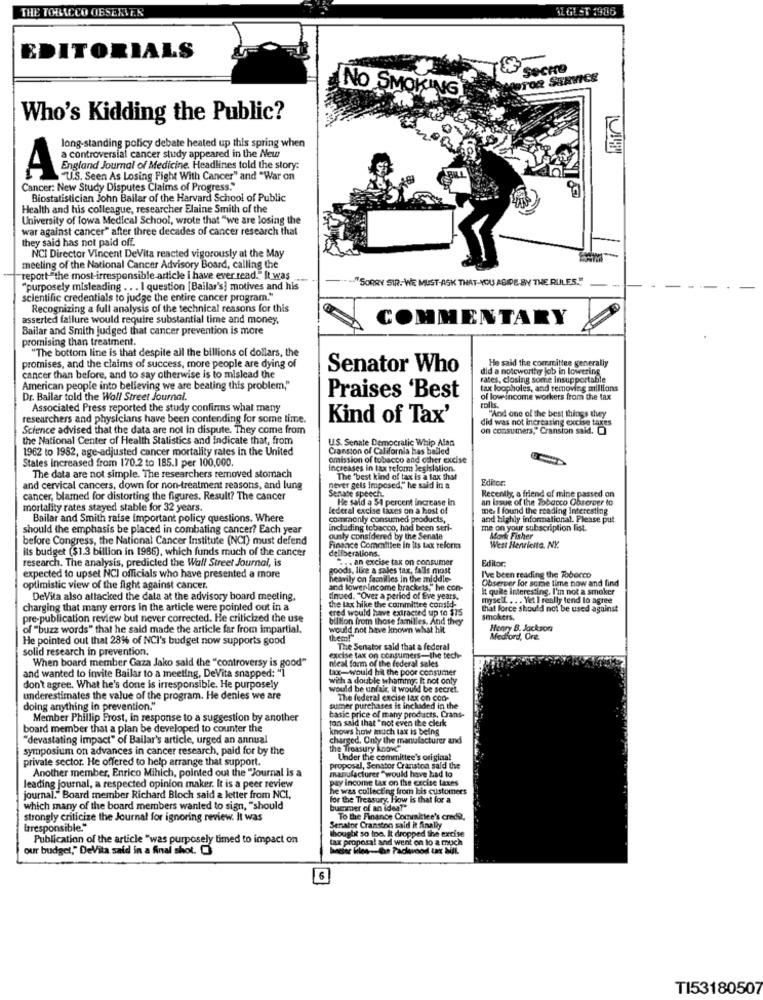
THE TOBACCO OBSERVER
AL GL ST 1986
EDITORIALS
secre
No SMOKING
Who's Kidding the Public?
long-standing policy debate heated up this spring when
a controversial cancer study appeared in the New
A
England Journal of Medicine. Headlines told the story:
"U.S. Seen As Losing Fight With Cancer" and "War on
Cancer: New Study Disputes Claims of Progress."
Biostatistician John Bailar of the Harvard School of Public
Health and his colleague, researcher Elaine Smith of the
University of lowa Medical School, wrote that "we are losing the
war against cancer" after three decades of cancer research that
they said has not paid off.
NCI Director Vincent DeVita reacted vigorously at the May
meeting of the National Cancer Advisory Board, calling the
"report"the most-irresponsible article I have ever read." It was
"SORRY SIR. WE MUST-ASK THAT YOU ABIDE BY THE RULES."
"purposely misleading . . . I question [Bailar's] motives and his
scientific credentials to judge the entire cancer program."
Recognizing a full analysis of the technical reasons for this
asserted failure would require substantial time and money,
COMMENTARY
Bailar and Smith Judged that cancer prevention is more
promising than treatment.
"The bottom line is that despite all the billions of dollars, the
He said the committee generally
promises, and the claims of success, more people are dying of
Senator Who
did a noteworthy job in lowering
cancer than before, and to say otherwise is to mislead the
rates, closing some Insupportable
American people into believing we are beating this problem,"
Dr. Bailar told the Wall Street Journal.
Praises 'Best
of lowincome workers from the tax
Associated Press reported the study confirms what many
"And one of the best things they
researchers and physicians have been contending for some time.
Kind of Tax'
did was not increasing excise taxes
Science advised that the data are not in dispute. They come from
on consumers," Cranston said.
the National Center of Health Statistics and Indicate that, from
U.S. Senate Democratic Whip Alan
1962 to 1982, age-adjusted cancer mortality rates in the United
Cranston of California has balled
States increased from 170.2 to 185.1 per 100,000.
omission of tobacco and other excise
increases in tax reform legislation.
The data are not simple. The researchers removed stomach
The 'best kind of tax is a fax that
Editor:
and cervical cancers, down for non-treatment reasons, and lung
never gets imposed," he said in a
Recently, a friend of mine passed on
cancer, blamed for distorting the figures. Result? The cancer
Senate speech.
He said a 54 percent increase In
an issue of the Tobacco Observer to
mortality rates stayed stable for 32 years.
federal excise taxes on a host of
me. I found the reading Interesting
Bailar and Smith raise important policy questions. Where
commonly consumed products,
and highly informational. Please put
should the emphasis be placed in combating cancer? Each year
including tobacco, had been seri-
me on your subscription list.
before Congress, the National Cancer Institute (NCI) must defend
ously considered by the Senate
Mark Fisher
its budget ($1.3 billion in 1986), which funds much of the cancer
deliberations.
Finance Committee In Its tax reform
West Henriette. NY.
research. The analysis, predicted the Wall Street Journal, is
.. . an excise tax on consumer
Editor.
goods, like a sales tax, falls most
expected to upset NCI officials who have presented a more
heavily on families in the middle-
I've been reading the Tobacco
Observer for some time now and find
optimistic view of the fight against cancer.
and lower income brackets," he con-
It quite interesting. I'm not a smoker
DeVila also attacked the data at the advisory board meeting.
tinued. ""Over a period of Eve years.
myself ... Yet I really tend lo agree
charging that many errors in the article were pointed out in a
cred would have extracted up to $75
the tax hike the committee consid-
that force should not be used against
pre-publication review but never corrected. He criticized the use
billion from those families. And they
smokers.
of "buzz words" that he said made the article far from impartial.
would not have known what hit
Henry B. Jackson
He pointed out that 28% of NCI's budget now supports good
them!"
Medford, Ore.
solid research in prevention.
The Senator sald that a federal
When board member Gaza Jako said the "controversy is good"
excise tax on consumers-the tech-
nieal form of the federal sales
and wanted to invite Bailar to a meeting, DeVita snapped: "1
don't agree. What he's done is irresponsible. He purposely
would be unfair, it would be secret.
underestimates the value of the program. He denies we are
The federal excise tax on con-
doing anything in prevention."
basic price of many products, Crans-
sumer purchases is included in the
Member Phillip Frost, in response to a suggestion by another
ton said that " not even the clerk
board member that a plan be developed to counter the
knows how much tax is being
"devastating Impact" of Bailar's article, urged an annual
charged. Only the manufacturer and
symposium on advances in cancer research, paid for by the
the Treasury know"
private sector. He offered to help arrange that support.
Under the committee's original
Another member, Enrico Mihich, pointed out the "Journal Is a
manufacturer "would have had lo
proposal, Senator Cranston said the
pay income tax on the excise taxes
leading journal, a respected opinion maker. It is a peer review
he was collecting from his customers
journal." Board member Richard Bloch said a letter from NCI,
for the Treasury, How is that fox a
which many of the board members wanted to sign, "should
bummer of an idea?"
strongly criticize the Journal for ignoring review. It was
To the Finance Committee's credit.
Irresponsible."
Senator Cranston said it finally
thought so too. It dropped the excise
Publication of the article "was purposely timed to impact on
tax proposal and went on to a much
our budget," Del/ita said in a final shot.
6
TI53180507